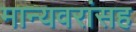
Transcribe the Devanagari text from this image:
मान्यवरांसह